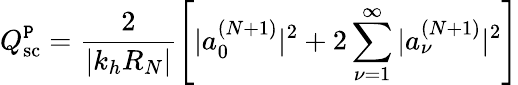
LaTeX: Q_{\textrm{sc}}^{\texttt{P}}=\frac{2}{|k_{h}R_{N}|}\left[|a_{0}^{(N+1)}|^{2}+2\sum_{\nu=1}^{\infty}|a_{\nu}^{(N+1)}|^{2}\right]